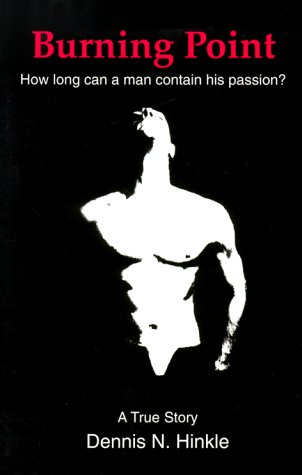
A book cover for Burning Point; Dennis N. Hinkle; Gay & Lesbian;